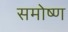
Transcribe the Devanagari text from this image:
समोष्ण